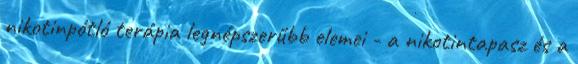
nikotinpótló terápia legnépszerűbb elemei - a nikotintapasz és a